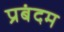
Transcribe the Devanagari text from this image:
प्रबंदम